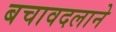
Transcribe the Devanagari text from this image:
बचावदलाने